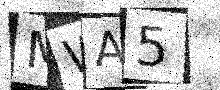
Text: MWA5